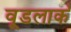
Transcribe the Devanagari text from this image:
वूडलार्क